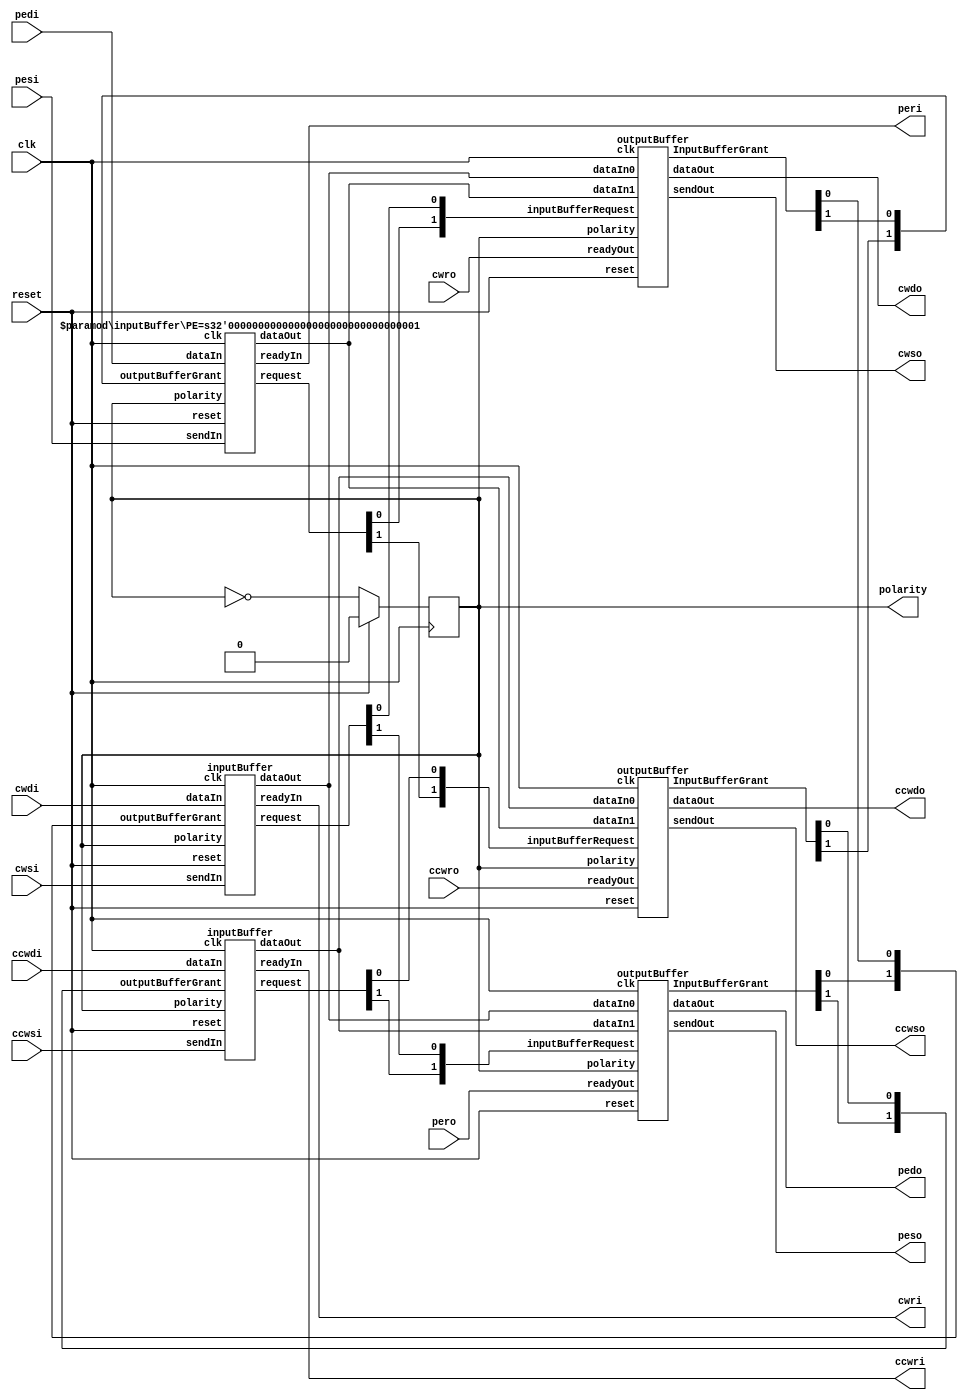
`define VC 63
`define DIR 62
`define RESERVED 61:56
`define HOPCNT 55:48
`define SOURCE 47:32
`define PAYLOAD 31:0
`define BEFORE_HOPCNT 63:56
`define AFTER_HOPCNT 47:0

module gold_router(clk, reset, polarity,
				   cwsi, cwri, ccwsi, ccwri, pesi, peri, cwdi, ccwdi, pedi, 
				   cwso, cwro, ccwso, ccwro, peso, pero, cwdo, ccwdo, pedo);
	input clk, reset;
	output reg polarity;
	
	input cwsi, ccwsi, pesi;
	input [63:0] cwdi, ccwdi, pedi;
	output cwri, ccwri, peri;
	
	input cwro, ccwro, pero;
	output cwso, ccwso, peso;
	output [63:0] cwdo, ccwdo, pedo;
	
	always @(posedge clk) begin
		if(reset) begin
			polarity <= 0;
		end else begin
			// Polarity is clk/2
			polarity <= ~polarity;
		end
	end
	
	wire [63:0] inBufferOut0, inBufferOut1, inBufferOut2;
	wire [1:0] request0, request1, request2;
	wire [1:0] grant0, grant1, grant2;
	
	inputBuffer i0( .clk(clk), .reset(reset), .polarity(polarity), .sendIn(cwsi), .readyIn(cwri), .dataIn(cwdi), 
			.dataOut(inBufferOut0), .request(request0), .outputBufferGrant( {grant2[0], grant0[0]} ) );
	inputBuffer i1( .clk(clk), .reset(reset), .polarity(polarity),.sendIn(ccwsi), .readyIn(ccwri), .dataIn(ccwdi), 
			.dataOut(inBufferOut1), .request(request1), .outputBufferGrant( {grant2[1], grant1[0]} ) );
	// Input PE buffer has different input logic
	inputBuffer #(.PE(1)) i2( .clk(clk), .reset(reset), .polarity(polarity), .sendIn(pesi), .readyIn(peri), .dataIn(pedi), 
			.dataOut(inBufferOut2), .request(request2), .outputBufferGrant( {grant1[1], grant0[1]} ) );
			
	outputBuffer o1(.clk(clk), .reset(reset), .polarity(polarity), .inputBufferRequest( {request2[0], request0[0]} ), 
			.dataIn0(inBufferOut0), .dataIn1(inBufferOut2), .sendOut(cwso), .readyOut(cwro), 
			.dataOut(cwdo), .InputBufferGrant(grant0) );
	outputBuffer o2(.clk(clk), .reset(reset), .polarity(polarity), .inputBufferRequest( {request2[1], request1[0]} ), 
			.dataIn0(inBufferOut1), .dataIn1(inBufferOut2), .sendOut(ccwso), .readyOut(ccwro), 
			.dataOut(ccwdo), .InputBufferGrant(grant1) );
	outputBuffer o3(.clk(clk), .reset(reset), .polarity(polarity), .inputBufferRequest( {request1[1], request0[1]} ), 
			.dataIn0(inBufferOut0), .dataIn1(inBufferOut1), .sendOut(peso), .readyOut(pero), 
			.dataOut(pedo), .InputBufferGrant(grant2) );
endmodule

module inputBuffer(clk, reset, polarity, sendIn, readyIn, dataIn, dataOut, request, outputBufferGrant);
	parameter PE = 0;
	input clk, reset, polarity;
	input sendIn;
	output reg readyIn;
	input [63:0] dataIn;
	output reg [63:0] dataOut;
	output reg [1:0] request;
	input [1:0] outputBufferGrant;
	
	reg [7:0] newHopCnt;
	
	reg [63:0] evenBuffer, oddBuffer;
	reg evenBufferFull, oddBufferFull;
	
	localparam EVEN = 1'b0, ODD = 1'b1;
	localparam CW = 1'b0, CCW = 1'b1;

	always @(posedge clk) begin
		if(reset) begin
			evenBuffer <= 0;
			oddBuffer <= 0;
			evenBufferFull <= 0;
			oddBufferFull <= 0;
		end else begin
			if(polarity == EVEN) begin
				// Whenever a packet is received on a specific polarity set the buffer as full
				// A grant from output buffer indicates the input buffer is no longer full
				if(sendIn) begin
					oddBuffer <= dataIn;
					oddBufferFull <= 1;
				end
				if(|outputBufferGrant) begin
					evenBufferFull <= 0;
					evenBuffer <= 0;
				end
			end else begin // (polarity == ODD)
				if(sendIn) begin
					evenBuffer <= dataIn;
					evenBufferFull <= 1;
				end
				if(|outputBufferGrant) begin
					oddBufferFull <= 0;
					oddBuffer <= 0;
				end
			end
		end	
	end
	
	// Combinational logic block
	always @(*) begin
		if(polarity == EVEN) begin
			// Input buffer is ready whenever it is not full
			readyIn = ~oddBufferFull&&(~reset);
			// Decrement hop count
			newHopCnt = evenBuffer[`HOPCNT] - 1;
			
			if(PE) begin
				dataOut = {evenBuffer[`BEFORE_HOPCNT], newHopCnt, evenBuffer[`AFTER_HOPCNT]};
				// Request either cw or ccw receiver only if buffer is full
				if(evenBuffer[`DIR] == CW)
					request = {1'b0, evenBufferFull};
				else
					request = {evenBufferFull, 1'b0};
			end else if(evenBuffer[`HOPCNT] == 0) begin
				dataOut = evenBuffer;
				// Request PE if hop count is zero
				request = {evenBufferFull, 1'b0};
			end else begin
				dataOut = {evenBuffer[`BEFORE_HOPCNT], newHopCnt, evenBuffer[`AFTER_HOPCNT]};
				request = {1'b0, evenBufferFull};
			end
			
		end else begin // (polarity == ODD)
			readyIn = ~evenBufferFull&&(~reset);
			newHopCnt = oddBuffer[`HOPCNT] - 1;
			
			if(PE) begin
				dataOut = {oddBuffer[`BEFORE_HOPCNT], newHopCnt, oddBuffer[`AFTER_HOPCNT]};
				if(oddBuffer[`DIR] == CW)
					request = {1'b0, oddBufferFull};
				else
					request = {oddBufferFull, 1'b0};
			end else if(oddBuffer[`HOPCNT] == 0) begin
				dataOut = oddBuffer;
				request = {oddBufferFull, 1'b0};
			end else begin
				dataOut = {oddBuffer[`BEFORE_HOPCNT], newHopCnt, oddBuffer[`AFTER_HOPCNT]};
				request = {1'b0, oddBufferFull};
			end
		end	
	end
endmodule

module outputBuffer(clk, reset, polarity, inputBufferRequest, dataIn0, dataIn1, sendOut, readyOut, dataOut, InputBufferGrant);
	input clk, reset, polarity;
	input [1:0] inputBufferRequest;
	input [63:0] dataIn0, dataIn1;
	output reg sendOut;
	input readyOut;
	output reg [63:0] dataOut;
	output reg [1:0] InputBufferGrant;
	
	reg [63:0] evenBuffer, oddBuffer;
	reg evenBufferFull, oddBufferFull;
	reg priorityRegEven, priorityRegOdd;
	
	localparam EVEN = 1'b0, ODD = 1'b1;

	always @(posedge clk) begin
		if(reset) begin
			evenBuffer <= 0;
			oddBuffer <= 0;
			evenBufferFull <= 0;
			oddBufferFull <= 0;
			priorityRegEven <= 0;
			priorityRegOdd <= 0;
		end else begin
			if(polarity == EVEN) begin
				// Store into even or odd buffer whenever a grant is generated
				if(InputBufferGrant[0]) begin
					evenBuffer <= dataIn0;
					evenBufferFull <= 1;
				end else if(InputBufferGrant[1]) begin
					evenBuffer <= dataIn1;
					evenBufferFull <= 1;
				end
				
				// Buffer full for one cycle if sendOut
				if(sendOut) begin
					oddBufferFull <= 0;
					oddBuffer <= 0;
				end
				
				// Arbiter sequential logic
				if( (inputBufferRequest[1] && inputBufferRequest[0]) && (|InputBufferGrant) )
					priorityRegEven <= ~priorityRegEven;
					
			end else if(polarity == ODD) begin
				if(InputBufferGrant[0]) begin
					oddBuffer <= dataIn0;
					oddBufferFull <= 1;
				end else if(InputBufferGrant[1]) begin
					oddBuffer <= dataIn1;
					oddBufferFull <= 1;
				end
				
				// Buffer full for one cycle if sendOut
				if(sendOut) begin
					evenBufferFull <= 0;
					evenBuffer <= 0;
				end
				
				// Arbiter sequential logic
				if( (inputBufferRequest[1] && inputBufferRequest[0]) && (|InputBufferGrant) )
					priorityRegOdd <= ~priorityRegOdd;
					
			end

		end	
	end
	
	// Combinational logic block
	always @(*) begin
		if(polarity == EVEN) begin
			sendOut = oddBufferFull & readyOut;
			dataOut = oddBuffer;
		end else if(polarity == ODD) begin
			sendOut = evenBufferFull & readyOut;
			dataOut = evenBuffer;
		end
		
		// Arbiter
		case (inputBufferRequest)
			2'b00: InputBufferGrant = 2'b00;
			2'b01:
			begin
				// If only one request then grant that request
				if( ((polarity == EVEN) && (~evenBufferFull)) | ((polarity == ODD) && (~oddBufferFull)) )
					InputBufferGrant = 2'b01;
				else
					InputBufferGrant = 2'b00;
			end
			
			2'b10:
			begin
				// If only one request then grant that request
				if( ((polarity == EVEN) && (~evenBufferFull)) | ((polarity == ODD) && (~oddBufferFull)) )
					InputBufferGrant = 2'b10;
				else
					InputBufferGrant = 2'b00;
			end			
			
			2'b11:
			begin
				// Only grant request if buffer is not full
				if( (polarity == EVEN) && (~evenBufferFull) ) begin
					if(priorityRegEven == 1'b0)
						InputBufferGrant = 2'b01;
					else
						InputBufferGrant = 2'b10;
				end else if( (polarity == ODD) && (~oddBufferFull) ) begin
					if(priorityRegOdd == 1'b0)
						InputBufferGrant = 2'b01;
					else
						InputBufferGrant = 2'b10;
				end else begin
					InputBufferGrant = 2'b00;
				end
			end
		endcase
	end
endmodule